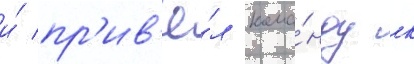
и́ пр'ив'ё́л кома́нду к